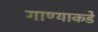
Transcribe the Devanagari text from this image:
गाण्याकडे